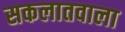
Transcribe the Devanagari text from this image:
सकलातवाला